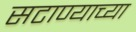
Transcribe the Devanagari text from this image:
सटाण्याच्या